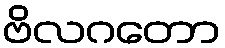
ဗိလဂတော